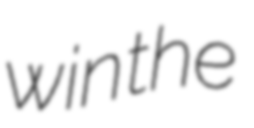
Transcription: win the